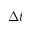
\Delta t